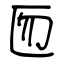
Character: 匢